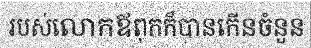
របស់លោកឪពុកក៏បានកើនចំនួន